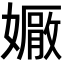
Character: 𡢩